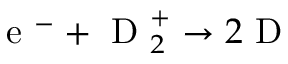
\mathrm { ~ e ~ } ^ { - } + \mathrm { ~ D ~ } _ { 2 } ^ { + } \rightarrow 2 \mathrm { ~ D ~ }